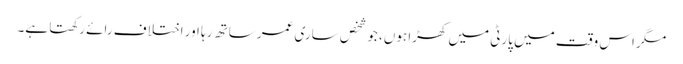
مگر اس وقت میں پارٹی میں کھڑا ہوں، جو شخص ساری عمر ساتھ رہا اور اختلاف رائے رکھتا ہے۔